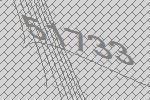
51733